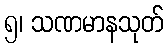
၅၊ သဏမာနသုတ်